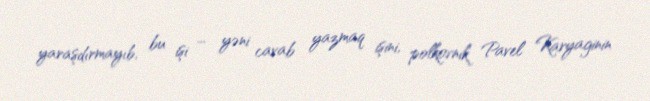
yaraşdırmayıb, bu işi – yəni cavab yazmaq işini, polkovnik Pavel Karyaginin